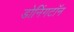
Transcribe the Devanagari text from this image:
डोनिंगटॉन